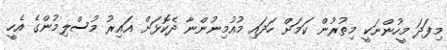
މިފަދަ މީހުންނަކީ މިތުރުން ކަމަށް ހަދައި މުއުމިނުންނާ ދެކޮޅަށް ޣައިރު މުސްލިމުންގެ އެހީ